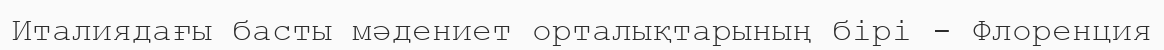
Италиядағы басты мәдениет орталықтарының бірі - Флоренция